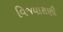
વિજયારાણી